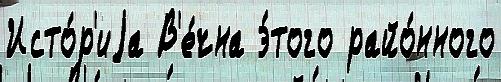
Исто́р'иjа В'е́чна э́того райо́нного